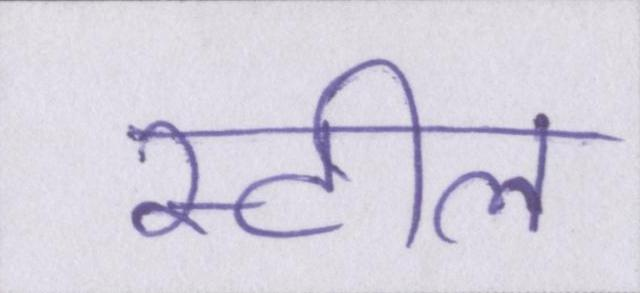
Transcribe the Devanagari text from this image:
स्टील